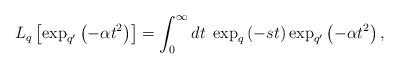
LaTeX: \begin{align*}L_{q}\left[\exp_{q^{\prime}}\left( - \alpha t^{2} \right)\right] = \displaystyle \int_{0}^{\infty} dt \; \exp_{q}\left( - s t \right) \exp_{q^{\prime}}\left( - \alpha t^{2} \right),\end{align*}